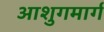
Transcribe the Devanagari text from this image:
आशुगमार्ग